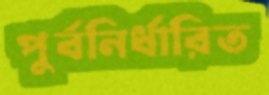
পুর্বনির্ধারিত